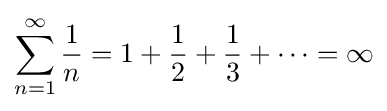
\sum _{n=1}^{\infty }{\frac {1}{n}}=1+{\frac {1}{2}}+{\frac {1}{3}}+\cdots =\infty